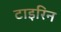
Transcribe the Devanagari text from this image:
टाइरिन